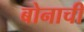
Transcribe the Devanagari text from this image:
बोनाची